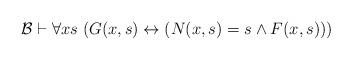
LaTeX: \begin{align*}\mathcal{B} \vdash \forall xs \; (G(x, s) \leftrightarrow (N(x, s)=s \wedge F(x, s)))\end{align*}